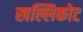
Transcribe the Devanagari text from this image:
खल्लिकोट